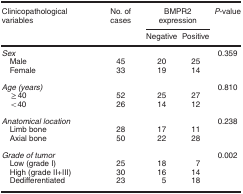
| Clinicopathological variables | No. of cases | <COLSPAN=2> BMPR2 expression | P-value |
 |  |  | Negative | Positive |  |
 | --- | --- | --- | --- | --- |
 | Sex |  |  |  | 0.359 |
 | Male | 45 | 20 | 25 |  |
 | Female | 33 | 19 | 14 |  |
 |  |  |  |  |  |
 | Age (years) |  |  |  | 0.810 |
 | ≥40 | 52 | 25 | 27 |  |
 | <40 | 26 | 14 | 12 |  |
 |  |  |  |  |  |
 | Anatomical location |  |  |  | 0.238 |
 | Limb bone | 28 | 17 | 11 |  |
 | Axial bone | 50 | 22 | 28 |  |
 |  |  |  |  |  |
 | Grade of tumor |  |  |  | 0.002 |
 | Low (grade I) | 25 | 18 | 7 |  |
 | High (grade II+III) | 30 | 16 | 14 |  |
 | Dedifferentiated | 23 | 5 | 18 |  |